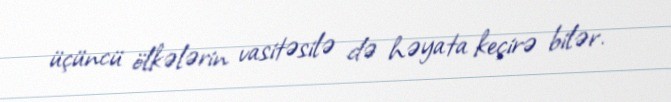
üçüncü ölkələrin vasitəsilə də həyata keçirə bilər.